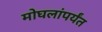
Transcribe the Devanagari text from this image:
मोघलांपर्यंत